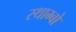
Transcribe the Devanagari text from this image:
स्थाम्बो